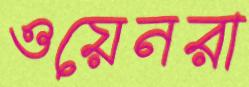
ওয়েনরা